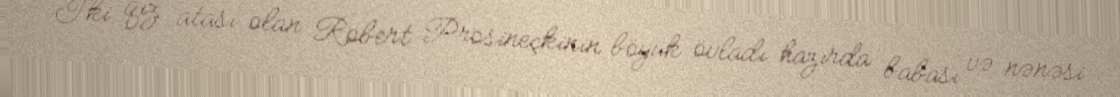
İki qız atası olan Robert Prosineçkinin böyük övladı hazırda babası və nənəsi